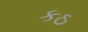
કઠ